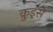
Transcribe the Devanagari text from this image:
क्रुइसे